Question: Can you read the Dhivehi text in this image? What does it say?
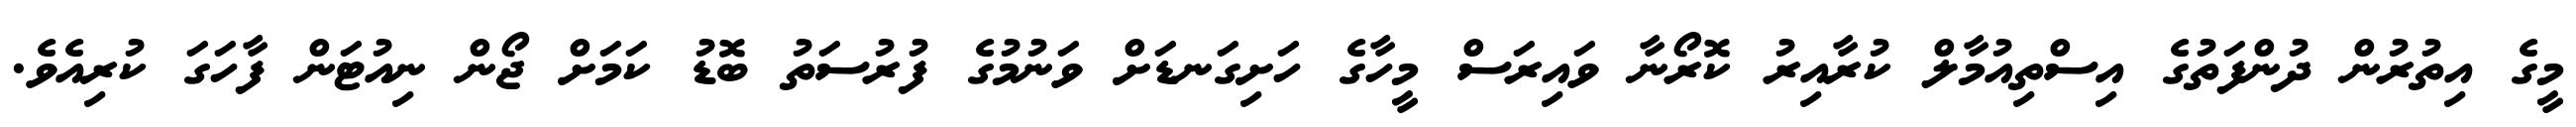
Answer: މީގެ އިތުރުން ދުންފަތުގެ އިސްތިއުމާލް ކުރާއިރު ކޮރޯނާ ވައިރަސް މީހާގެ ހަށިގަނޑަށް ވަނުމުގެ ފުރުސަތު ބޮޑު ކަމަށް ޖޯން ނިއުޓަން ފާހަގަ ކުރިއެވެ.